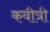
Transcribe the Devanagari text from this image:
कवीत्री